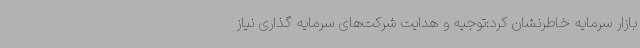
بازار سرمایه خاطرنشان کرد:توجیه و هدایت شرکت‌های سرمایه گذاری نیاز